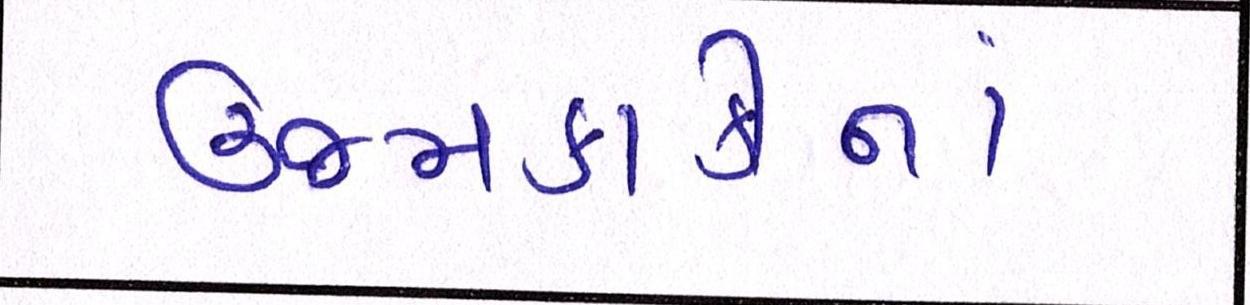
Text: ઉજમકાકીનાં